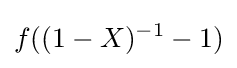
f((1-X)^{-1}-1)